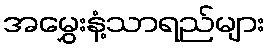
အမွှေးနံ့သာရည်များ